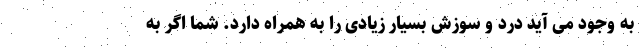
به وجود می آید درد و سوزش بسیار زیادی را به همراه دارد. شما اگر به